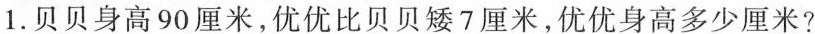
1.贝贝身高90厘米，优优比贝贝矮7厘米，优优身高多少厘米?